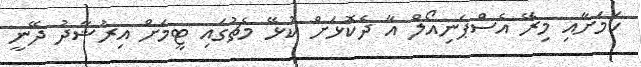
ކަމަށާއި މިރޭ އެސްޕަނިއޯލް އާ ދެކޮޅަށް ކުޅޭ މެޗުގައި ޓީމަަށް އިރުޝާދު ދޭނީ